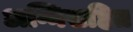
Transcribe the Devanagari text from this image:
अग्निसहित